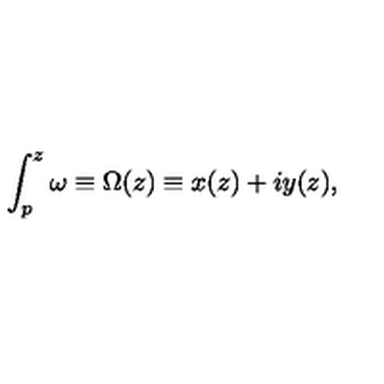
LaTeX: \int _ { p } ^ { z } \omega \equiv \Omega ( z ) \equiv x ( z ) + i y ( z ) ,